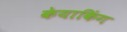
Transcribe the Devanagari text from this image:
केयाकिंग